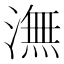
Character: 潕